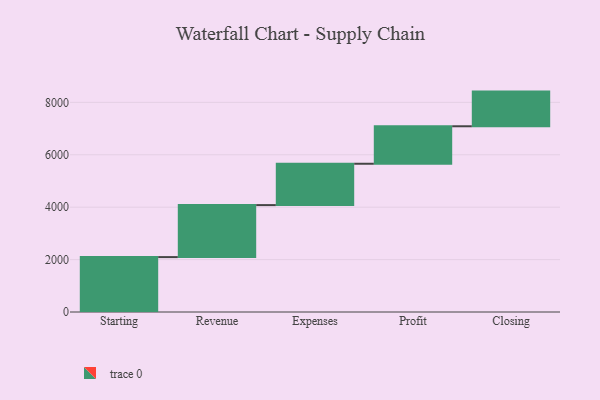
{"axis": {"x": "Step", "y": "Value"}, "legend": [""], "data": [{"x": "Starting", "y": 2095.0, "type": ""}, {"x": "Revenue", "y": 1984.0, "type": ""}, {"x": "Expenses", "y": 1578.0, "type": ""}, {"x": "Profit", "y": 1430.0, "type": ""}, {"x": "Closing", "y": 1323.0, "type": ""}]}